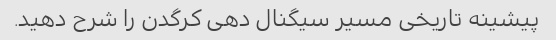
پیشینه تاریخی مسیر سیگنال دهی کرگدن را شرح دهید.